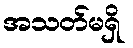
အသတ်မရှိ